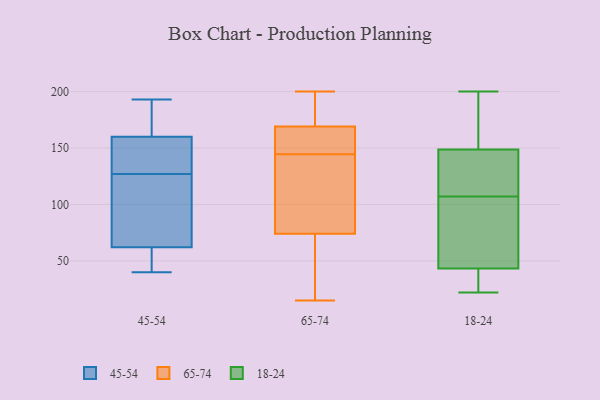
{"axis": {"x": "Backlog", "y": "Value"}, "legend": ["18-24", "45-54", "65-74"], "data": [{"x": "", "y": 133, "type": "45-54"}, {"x": "", "y": 163, "type": "45-54"}, {"x": "", "y": 193, "type": "45-54"}, {"x": "", "y": 56, "type": "45-54"}, {"x": "", "y": 141, "type": "45-54"}, {"x": "", "y": 157, "type": "45-54"}, {"x": "", "y": 40, "type": "45-54"}, {"x": "", "y": 46, "type": "45-54"}, {"x": "", "y": 121, "type": "45-54"}, {"x": "", "y": 120, "type": "45-54"}, {"x": "", "y": 68, "type": "45-54"}, {"x": "", "y": 180, "type": "45-54"}, {"x": "", "y": 15, "type": "65-74"}, {"x": "", "y": 191, "type": "65-74"}, {"x": "", "y": 36, "type": "65-74"}, {"x": "", "y": 22, "type": "65-74"}, {"x": "", "y": 92, "type": "65-74"}, {"x": "", "y": 79, "type": "65-74"}, {"x": "", "y": 149, "type": "65-74"}, {"x": "", "y": 93, "type": "65-74"}, {"x": "", "y": 200, "type": "65-74"}, {"x": "", "y": 180, "type": "65-74"}, {"x": "", "y": 182, "type": "65-74"}, {"x": "", "y": 144, "type": "65-74"}, {"x": "", "y": 158, "type": "65-74"}, {"x": "", "y": 164, "type": "65-74"}, {"x": "", "y": 154, "type": "65-74"}, {"x": "", "y": 145, "type": "65-74"}, {"x": "", "y": 39, "type": "65-74"}, {"x": "", "y": 174, "type": "65-74"}, {"x": "", "y": 69, "type": "65-74"}, {"x": "", "y": 119, "type": "65-74"}, {"x": "", "y": 161, "type": "18-24"}, {"x": "", "y": 200, "type": "18-24"}, {"x": "", "y": 27, "type": "18-24"}, {"x": "", "y": 36, "type": "18-24"}, {"x": "", "y": 107, "type": "18-24"}, {"x": "", "y": 121, "type": "18-24"}, {"x": "", "y": 22, "type": "18-24"}, {"x": "", "y": 119, "type": "18-24"}, {"x": "", "y": 65, "type": "18-24"}, {"x": "", "y": 65, "type": "18-24"}, {"x": "", "y": 199, "type": "18-24"}, {"x": "", "y": 23, "type": "18-24"}, {"x": "", "y": 89, "type": "18-24"}, {"x": "", "y": 109, "type": "18-24"}, {"x": "", "y": 158, "type": "18-24"}]}